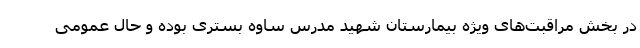
در بخش مراقبت‌های ویژه بیمارستان شهید مدرس ساوه بستری بوده و حال عمومی